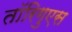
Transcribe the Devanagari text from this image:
तॉरिगुएस